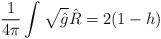
LaTeX: \begin{align*}\frac{1}{4\pi}\int \sqrt{\hat{g}}\hat{R}=2(1-h)\end{align*}